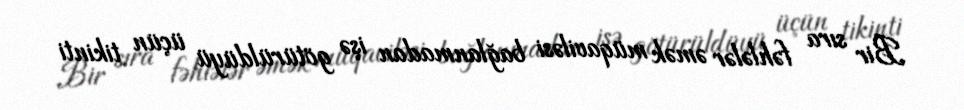
Bir sıra fəhlələr əmək müqaviləsi bağlanmadan işə götürüldüyü üçün tikinti